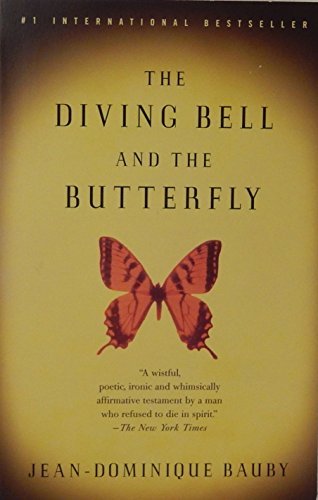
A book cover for The Diving Bell and the Butterfly: A Memoir of Life in Death; Jean-Dominique Bauby; Health, Fitness & Dieting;